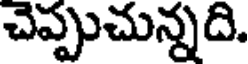
చెప్పుచున్నది.